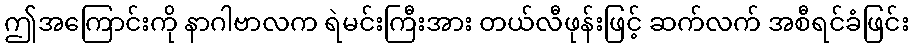
ဤအကြောင်းကို နာဂါဗာလက ရဲမင်းကြီးအား တယ်လီဖုန်းဖြင့် ဆက်လက် အစီရင်ခံဖြင်း